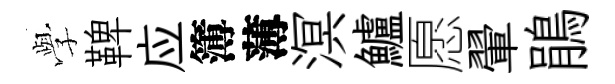
𫝯鞞应簿薄溟鱸愿翬鵑